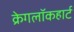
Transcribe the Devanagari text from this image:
क्रेगलॉकहार्ट